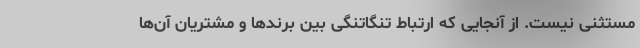
مستثنی نیست. از آنجایی که ارتباط تنگاتنگی بین برندها و مشتریان آن‌ها